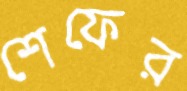
শেফের